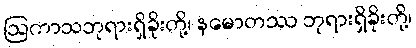
ဩကာသဘုရားရှိခိုးတို့၊ နမောတဿ ဘုရားရှိခိုးတို့၊